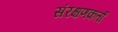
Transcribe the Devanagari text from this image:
संरक्षणकर्ता